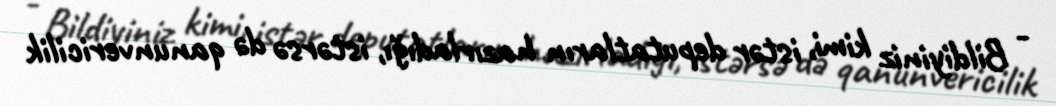
- Bildiyiniz kimi, istər deputatların hazırladığı, istərsə də qanunvericilik